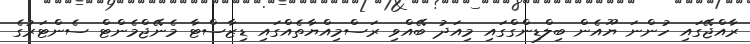
ރާއްޖޭގައި ހުންނަ ޔޫއެން ބިލްޑިންގްގައި މިއަދު ބޭއްވި ރަސްމިއްޔާތެއްގައި ޑިޒާސްޓާ މެނޭޖްމެންޓް ސެންޓަރުގެ